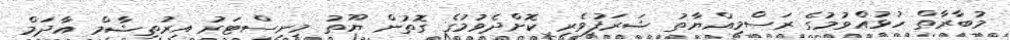
މުބާރާތް ހުޅުއްވުމުގެ ރަސްމިއްޔާތު ޝަރަފުވެރި ކޮށްދެވުމުގެ ގޮތުން ޔޫތު މިނިސްޓަރު އިރުތިޝާމް އާދަމް